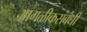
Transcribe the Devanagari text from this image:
आगळीकसंबंधी